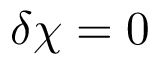
\delta \chi = 0